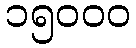
၁၅၀၀၀